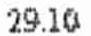
29.10